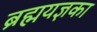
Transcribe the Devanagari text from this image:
ब्रह्मयज्ञका